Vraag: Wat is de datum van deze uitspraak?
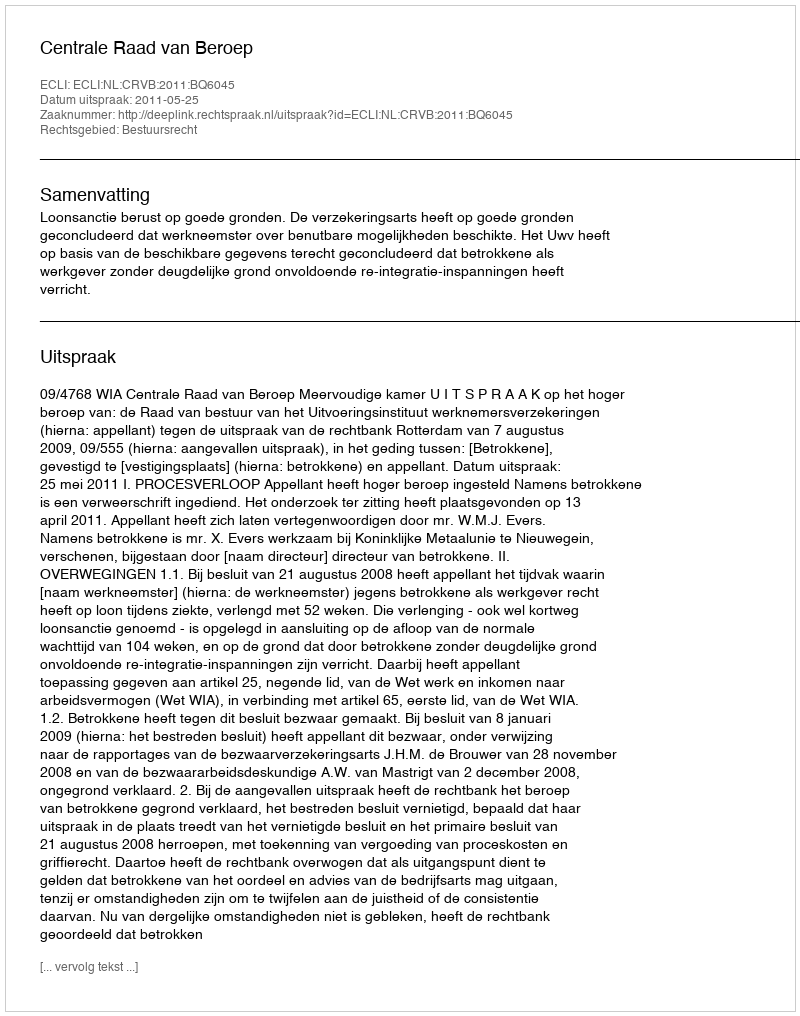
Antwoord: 2011-05-25